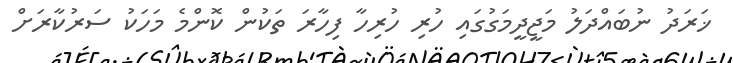
ޚަރަދު ނުބައްދަލު މަޖީދީމަގުގައި ހުރި ހުރިހާ ފިހާރަ ތަކުން ކޮންމެ މަހަކު ސަރުކާރަށް